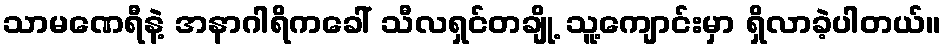
သာမဏေရီနဲ့ အနာဂါရိကခေါ် သီလရှင်တချို့ သူ့ကျောင်းမှာ ရှိလာခဲ့ပါတယ်။